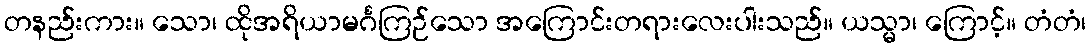
တနည်းကား။ သော၊ ထိုအရိယာမင်္ဂကြဉ်သော အကြောင်းတရားလေးပါးသည်။ ယသ္မာ၊ ကြောင့်။ တံတံ၊